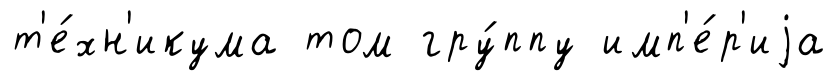
т'е́хн'икума том гру́ппу имп'е́р'иjа